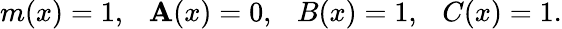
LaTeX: m(x)=1,\ \ \ \mathbf{A}(x)=0,\ \ \ B(x)=1,\ \ \ C(x)=1.